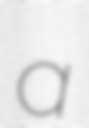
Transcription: a